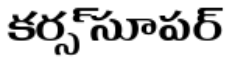
కర్స్ సూపర్